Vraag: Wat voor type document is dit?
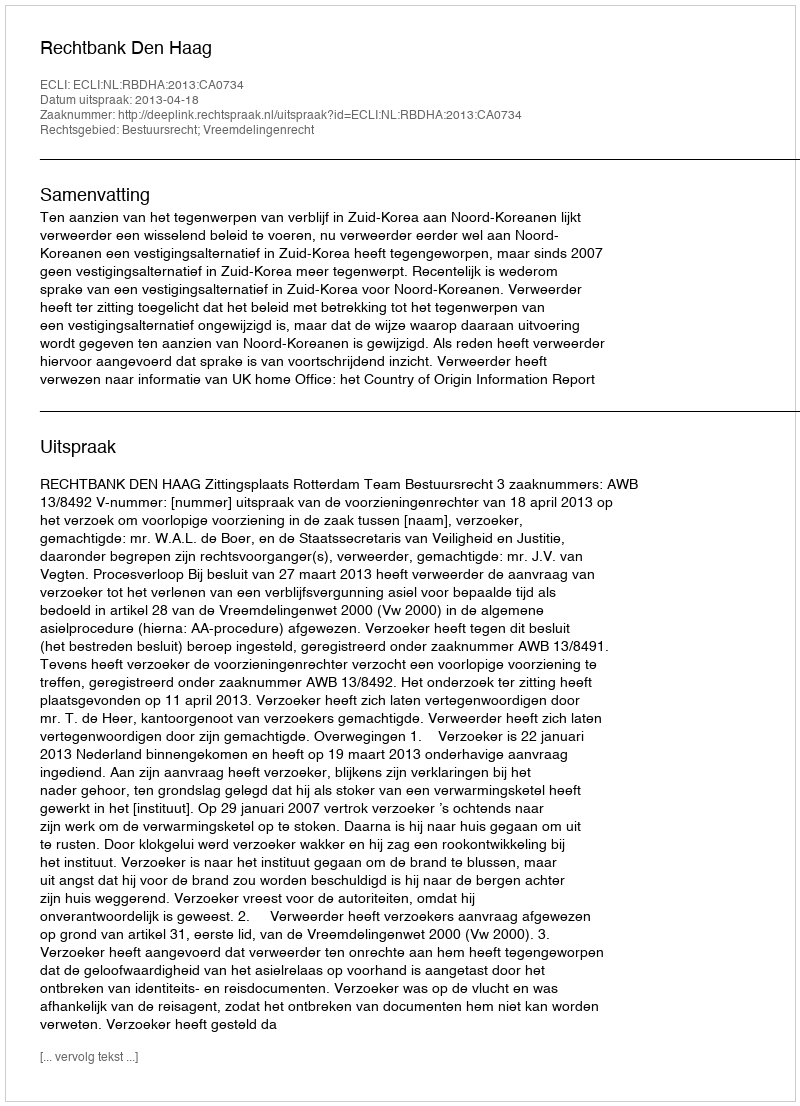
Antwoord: Uitspraak